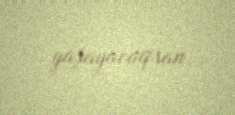
yaşayacaqsan.